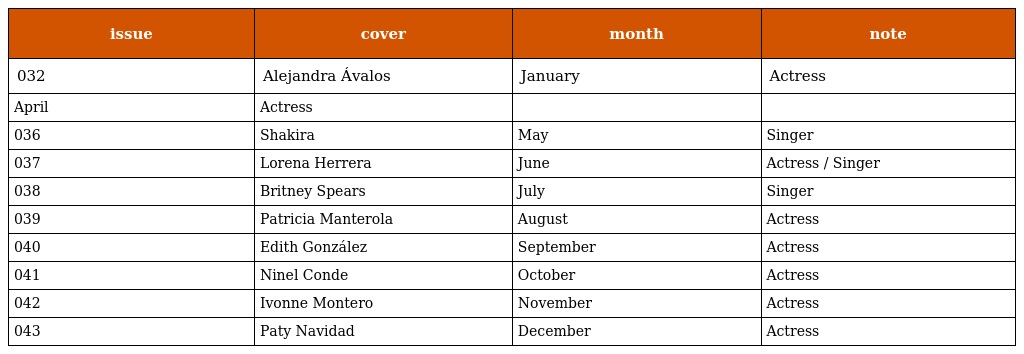
| issue | cover | month | note |
 | --- | --- | --- | --- |
 | 032 | Alejandra Ávalos | January | Actress |
 | April | Actress |  |  |
 | 036 | Shakira | May | Singer |
 | 037 | Lorena Herrera | June | Actress / Singer |
 | 038 | Britney Spears | July | Singer |
 | 039 | Patricia Manterola | August | Actress |
 | 040 | Edith González | September | Actress |
 | 041 | Ninel Conde | October | Actress |
 | 042 | Ivonne Montero | November | Actress |
 | 043 | Paty Navidad | December | Actress |